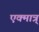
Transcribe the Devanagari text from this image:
एक्मात्र्